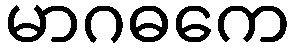
မာဂဓကေ